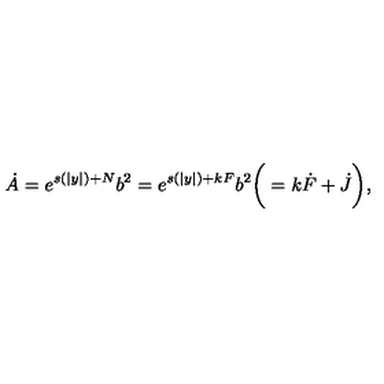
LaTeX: \dot { A } = e ^ { s ( | y | ) + N } b ^ { 2 } = e ^ { s ( | y | ) + k F } b ^ { 2 } \bigg ( = k \dot { F } + \dot { J } \bigg ) ,